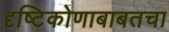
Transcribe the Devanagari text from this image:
दृष्टिकोणाबाबतचा